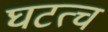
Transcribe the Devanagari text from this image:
घटत्च